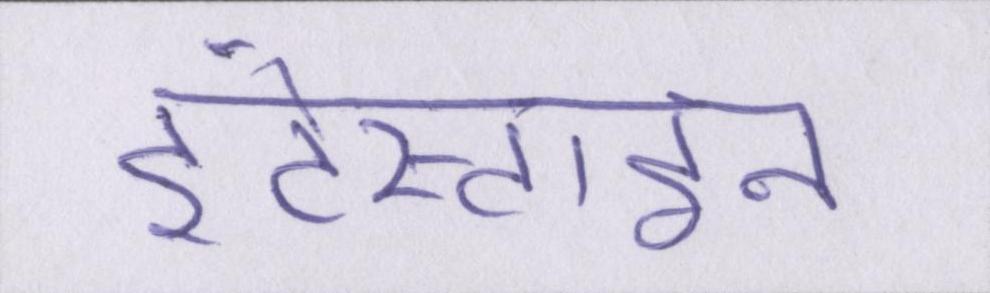
इंटेस्टाइन